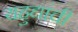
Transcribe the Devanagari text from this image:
यहुद्यांची